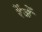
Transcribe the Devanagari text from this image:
रेंजें